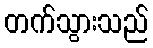
တက်သွားသည်